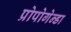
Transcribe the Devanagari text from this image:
प्रोपोगेन्डा